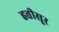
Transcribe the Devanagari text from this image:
हत्तीसूर